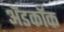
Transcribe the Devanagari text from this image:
अॅडकॉक